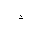
Letter: _thal